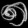
Digit: ၈